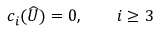
c _ { i } ( \widehat { U } ) = 0 , \qquad i \geq 3